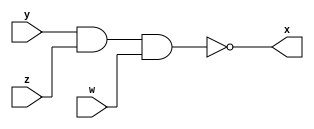
// ---------------------
// Guia 01_01 NAND
// Nome: Marley Ribeiro	
// ---------------------

// ---------------------
// -- nand gate
// ---------------------

 module nandgate ( x, y , z , w );
  output x;
  input y , z, w;
  
  assign x =  ~(y & z & w) ;
	
 endmodule // nandgate	
	
// ---------------------
// -- test nand gate
// ---------------------
 

  module testeandgate;
   reg  f ,g ,k;
	wire h;
	
//instancia

	nandgate nand1 ( h, f, g,k);
	
//parte principal

initial begin

$display(" Marley Ribeiro - 414510 ");
$display(" Test NAND gate ");
$display(" \na & b & c =s\n");
f=0; g=0; k=0;

#1  $display("%b & %b & %b = %b", f, g, k , h);
      f=1; g=1 ; k=1;

#1  $display("%b & %b & %b = %b", f, g, k , h);
      f=1; g=1 ; k=0;

#1  $display("%b & %b & %b = %b", f, g, k , h);
      f=1; g=0 ; k=1;

#1  $display("%b & %b & %b = %b", f, g, k , h);
      f=1; g=0 ; k=0;

#1  $display("%b & %b & %b = %b", f, g, k , h);
      f=0; g=1 ; k=1;

#1  $display("%b & %b & %b = %b", f, g, k , h);
      f=0; g=1 ; k=0;

#1  $display("%b & %b & %b = %b", f, g, k , h);
      f=0; g=0 ; k=1;

#1  $display("%b & %b & %b = %b", f, g, k , h);
end    


endmodule // testnandgate